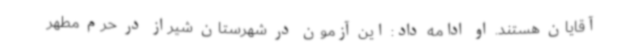
آقایان هستند. او ادامه داد: این آزمون در شهرستان شیراز در حرم مطهر